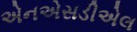
એનએસડીએલ